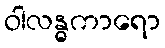
ဝါလန္ဓကာရော